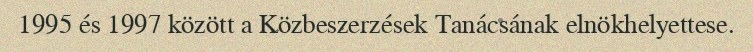
1995 és 1997 között a Közbeszerzések Tanácsának elnökhelyettese.